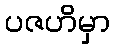
ပဇဟိမှာ